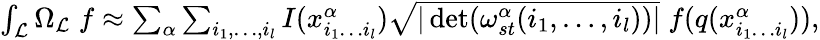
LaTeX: \begin{array}{r}{\int_{\mathcal{L}}\Omega_{\mathcal{L}}\; f\approx\sum_{\alpha}\sum_{i_{1},\dots,i_{l}}I(x_{i_{1}\dots i_{l}}^{\alpha})\sqrt{\vert\det(\omega_{st}^{\alpha}(i_{1},\dots,i_{l}))\vert}\; f(q(x_{i_{1}\dots i_{l}}^{\alpha})),}\end{array}